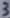
Text: 3